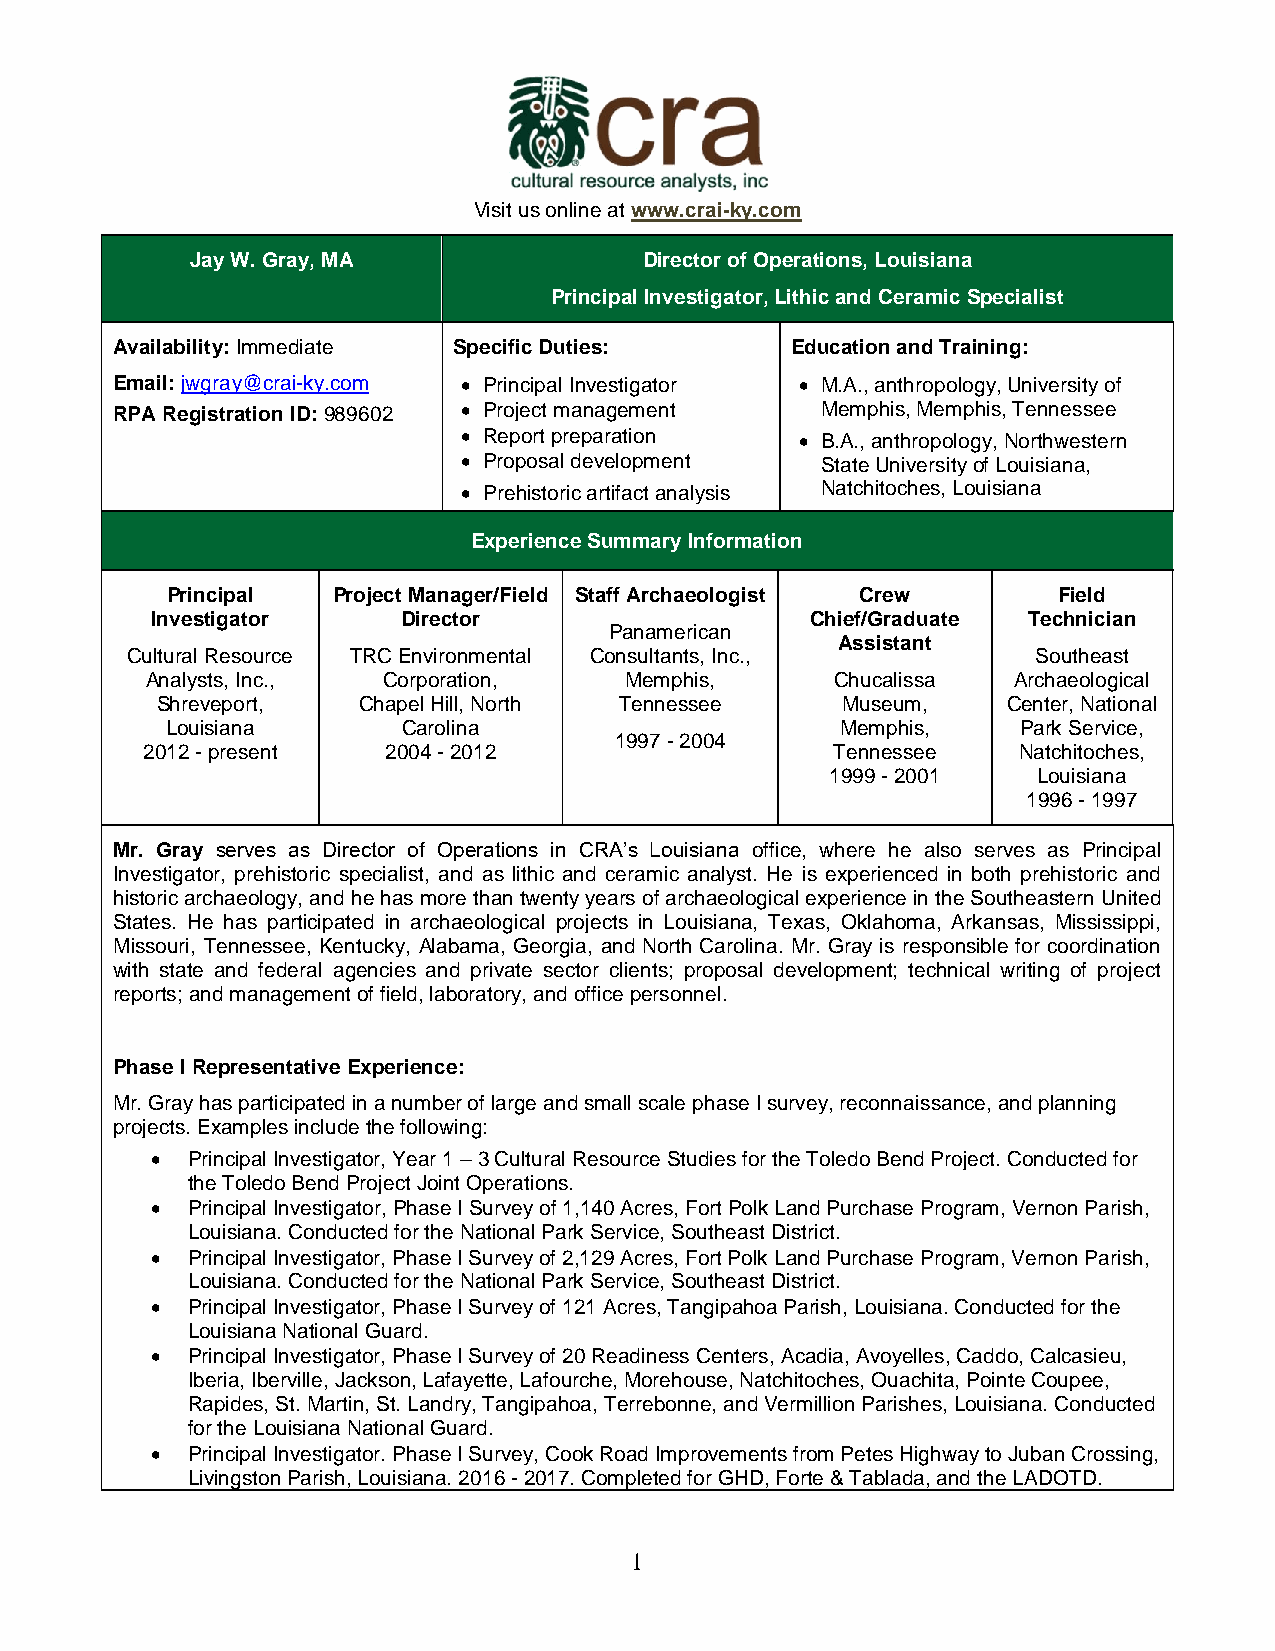
Visit us online at www.crai-ky.com
 Jay W. Gray, MA               Director of Operations, Louisiana
 Principal Investigator, Lithic and Ceramic Specialist
 Availability: Immediate Specific Duties:     Education and Training:
 Email: jwgray@crai-ky.com  Principal Investigator  M.A., anthropology, University of
 RPA Registration ID: 989602  Project management Memphis, Memphis, Tennessee
  Report preparation   B.A., anthropology, Northwestern
  Proposal development State University of Louisiana,
  Prehistoric artifact analysis Natchitoches, Louisiana
 Experience Summary Information
 Principal  Project Manager/Field Staff Archaeologist Crew  Field
 Investigator     Director                   Chief/Graduate Technician
 Panamerican
 Assistant
 Cultural Resource TRC Environmental Consultants, Inc.,       Southeast
 Analysts, Inc., Corporation,   Memphis,      Chucalissa  Archaeological
 Shreveport,   Chapel Hill, North Tennessee    Museum,    Center, National
 Louisiana       Carolina                     Memphis,    Park Service,
 1997 - 2004
 2012 - present  2004 - 2012                   Tennessee   Natchitoches,
 1999 - 2001   Louisiana
 1996 - 1997
 Mr. Gray serves as Director of Operations in CRA’s Louisiana office, where he also serves as Principal
 Investigator, prehistoric specialist, and as lithic and ceramic analyst. He is experienced in both prehistoric and
 historic archaeology, and he has more than twenty years of archaeological experience in the Southeastern United
 States. He has participated in archaeological projects in Louisiana, Texas, Oklahoma, Arkansas, Mississippi,
 Missouri, Tennessee, Kentucky, Alabama, Georgia, and North Carolina. Mr. Gray is responsible for coordination
 with state and federal agencies and private sector clients; proposal development; technical writing of project
 reports; and management of field, laboratory, and office personnel.
 Phase I Representative Experience:
 Mr. Gray has participated in a number of large and small scale phase I survey, reconnaissance, and planning
 projects. Examples include the following:
  Principal Investigator, Year 1 – 3 Cultural Resource Studies for the Toledo Bend Project. Conducted for
 the Toledo Bend Project Joint Operations.
  Principal Investigator, Phase I Survey of 1,140 Acres, Fort Polk Land Purchase Program, Vernon Parish,
 Louisiana. Conducted for the National Park Service, Southeast District.
  Principal Investigator, Phase I Survey of 2,129 Acres, Fort Polk Land Purchase Program, Vernon Parish,
 Louisiana. Conducted for the National Park Service, Southeast District.
  Principal Investigator, Phase I Survey of 121 Acres, Tangipahoa Parish, Louisiana. Conducted for the
 Louisiana National Guard.
  Principal Investigator, Phase I Survey of 20 Readiness Centers, Acadia, Avoyelles, Caddo, Calcasieu,
 Iberia, Iberville, Jackson, Lafayette, Lafourche, Morehouse, Natchitoches, Ouachita, Pointe Coupee,
 Rapides, St. Martin, St. Landry, Tangipahoa, Terrebonne, and Vermillion Parishes, Louisiana. Conducted
 for the Louisiana National Guard.
  Principal Investigator. Phase I Survey, Cook Road Improvements from Petes Highway to Juban Crossing,
 Livingston Parish, Louisiana. 2016 - 2017. Completed for GHD, Forte & Tablada, and the LADOTD.
 1